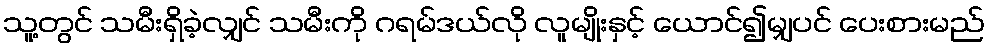
သူ့တွင် သမီးရှိခဲ့လျှင် သမီးကို ဂရမ်ဒယ်လို လူမျိုးနှင့် ယောင်၍မျှပင် ပေးစားမည်